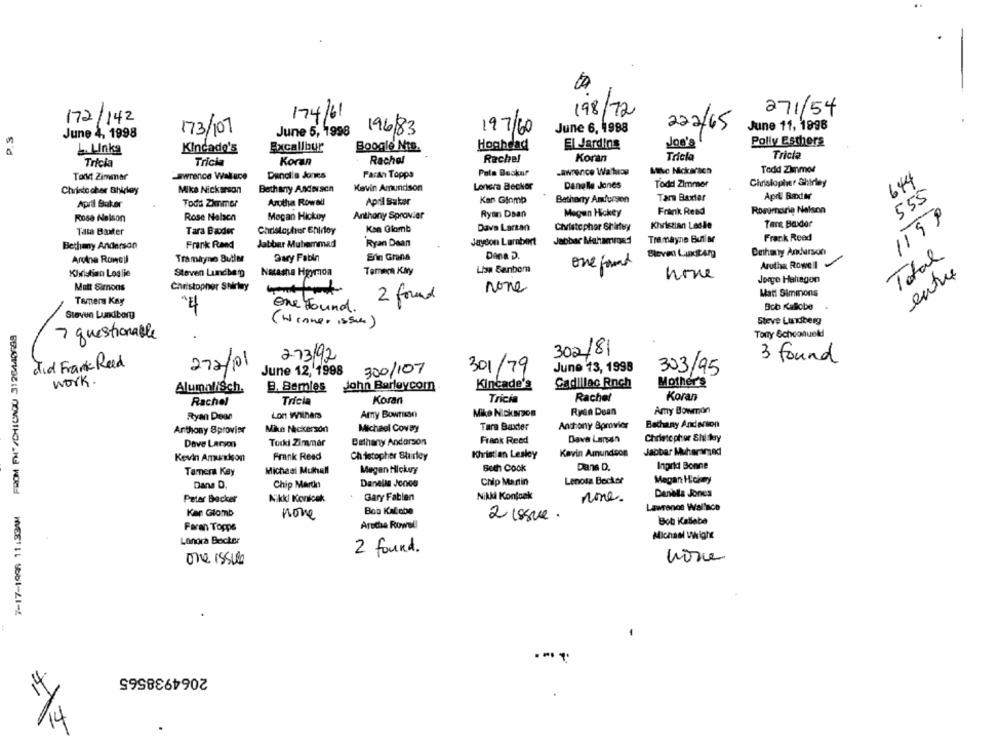
271/54
172/142
174/61
198/72
222/65
June 11, 1998
P.S
June 4, 1998
173/107
June 5, 1998
19683
197/60
June 6, 1988
Polly Esthers
L. Links
Kincado's
Excalibur
Boogie Nts.
Hoghdad
El Jardins
Joe's
Tricla
Tricia
Trick
Tricia
Koran
Recha
Rachel
Koran
-awrence Wa hiog
Mike Mckaraca
Todd Zimmer
Tort Zimmer
-awrence Wallace
Denella Jones
Paran Toppa
Pata Beckur
644
Lonera Becker
Dangle Jones
Todd Zimmer
Christopher Shirley
Christo cher Bhidey
Mike Nickerson
Bethany Andersen
Kevin Amundson
Kan Glomp
Batharty Anderson
Tarn Baxter
April Radır
555
April Baker
Todd Zimmer
Arotha Rowall
April Bakar
Anthony Sprovier
Ryan Daan
Megun Hickey
Frink Reed
Rosemarie Nelson
1199
Rose Nelson
Rose Nelaca
Megan Hickey
Tar Boxder
Tata Baxter
Tara Baoder
Christopher Enintoy
Kon Glomb
Dave Larsan
Christopher Shirtegy
Kristian Lesie
Frank Read
Frank Reed
Jabbar Muhammad
Ryan Daan
Jayson Lambert
Jabbar Mahamroad
Tre mayne Bullar
Bethany Anderson
Bethany Amhurson
Ardina Rowell
Tramiyne Butler
Dary Fabin
Erin Grana
Dana D.
Total
one found
Arutha Rowell
KIxistian Loslie
Steven Lundbe p
Natasha Hgymmoa
Tamer Kay
Lisa Benbom
entre
none
Jorge Hahagen
Matt Simons
Christopher Shirley
none
Matt Simmons
Temera Kay
2 found
Bob Kallobe
4
One Found.
Steven Lundberg
( Winner issue )
Steve Lundberg
Tony Schoonueki
7 questionable
2.73/92
302/81
did Frank Reed
272/01
3 found
June 12, 1998
300/107
301/79
June 13, 1998
303/95
work .
Kincade's
Cadillac Rnch
Mother's
AlumaliSch.
B. Bemles
John Barleycom
Tricia
Koran
Tricia
Rachel
Koran
Rachel
Ryan Dean
Lon Withers
Amy Bowrssn
Mike Nickigon
Ryan Dean
Amy Bowman
Bethany And Nion
Anthony Bprovier
Milue Nickerson
Michael Covay
Tara Baxter
Anthony Bprovier
Dava Larsen
Christopher Shi kery
Dave Larson
Turki Zimmar
Bethany Andorson
Frank Reed
Kavin Amundcon
Jabbar Muheramed
Kevin Amundson
Frank Reed
Christopher Shirley
Kristian Lesley
Seth Cook
Dans D.
Ingrid Bonne
Tamera Kay
Micheal Mulhall
Megan Hickey
Danella Jones
Chip Martin
Lenora Becker
Megan Hickory
Dans D.
Chip Martin
Gary Fabien
Nikki Kontosk
none.
Daniela Jones
Peter Becker
Nikki Konlook
Kan Glomb
Bob Katobe
Lawrence Wallace
none
2 issue.
Faran Topps
Aretha Rowell
Bob Kallebe
Londra Becker
Michael Wight
2 found.
one issue
none
2064938565